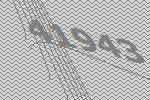
41943